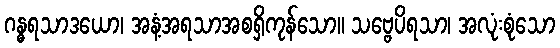
ဂန္ဓရသာဒယော၊ အနံ့အရသာအစရှိကုန်သော။ သဗ္ဗေပိရသာ၊ အလုံးစုံသော